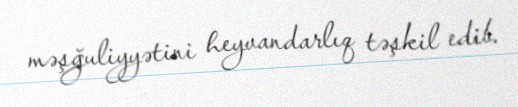
məşğuliyyətini heyvandarlıq təşkil edib.